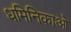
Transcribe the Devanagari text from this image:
धमिनिकाओ